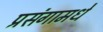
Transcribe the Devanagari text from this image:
प्रसंगामधे